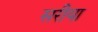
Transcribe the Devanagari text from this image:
सरीया